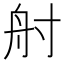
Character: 𡬫